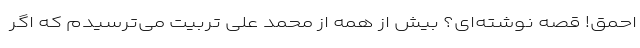
احمق! قصه نوشته‌ای؟ بیش از همه از محمد علی تربیت می‌ترسیدم که اگر